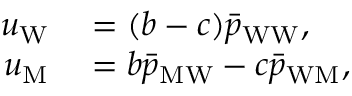
\begin{array} { r l } { u _ { \mathrm { W } } } & { { } = ( b - c ) \bar { p } _ { \mathrm { W W } } , } \\ { u _ { \mathrm { M } } } & { { } = b \bar { p } _ { \mathrm { M W } } - c \bar { p } _ { \mathrm { W M } } , } \end{array}